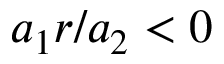
{ a _ { 1 } r / a _ { 2 } < 0 }